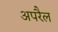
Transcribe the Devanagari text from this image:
अपरैल